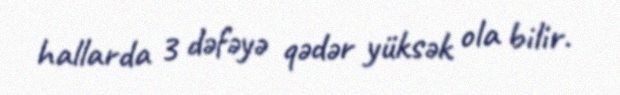
hallarda 3 dəfəyə qədər yüksək ola bilir.